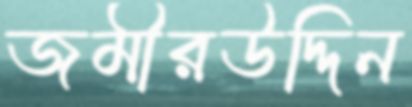
জমীরউদ্দিন